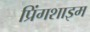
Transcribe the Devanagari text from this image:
प्रिंगशाइम